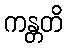
ကန္တတိ